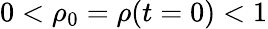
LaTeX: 0<\rho_{0}=\rho(t=0)<1